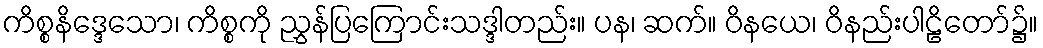
ကိစ္စနိဒ္ဒေသော၊ ကိစ္စကို ညွှန်ပြကြောင်းသဒ္ဒါတည်း။ ပန၊ ဆက်။ ဝိနယေ၊ ဝိနည်းပါဠိတော်၌။